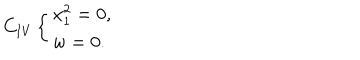
C _ { \mathrm { I V } } \left\{ \begin{array} { l } { { x _ { 1 } ^ { 2 } = 0 , } } \\ { { w = 0 . } } \\ \end{array} \right.